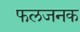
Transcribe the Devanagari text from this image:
फलजनक